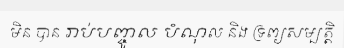
មិន បាន រាប់បញ្ចូល បំណុល និង ទ្រព្យសម្បត្តិ